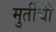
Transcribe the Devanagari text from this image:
मुर्तींची